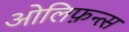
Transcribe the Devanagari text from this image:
ओलिफ़न्त्स